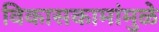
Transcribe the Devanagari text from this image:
विकासकामांमुळे